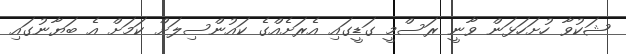
ޝަކުވާ ހުށަހަޅަން ވާނީ ރަސްމީ ގަޑީގައި އެރަށެއްގެ ކައުންސިލަށް ކަމަށް އެ ބަޔާނުގައި